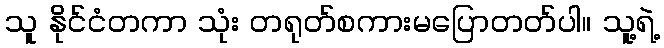
သူ နိုင်ငံတကာ သုံး တရုတ်စကားမပြောတတ်ပါ။ သူ့ရဲ့